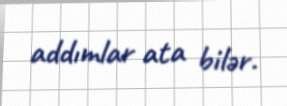
addımlar ata bilər.